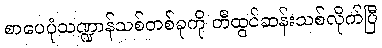
စာပေပုံသဏ္ဍာန်သစ်တစ်ခုကို တီထွင်ဆန်းသစ်လိုက်ပြီ